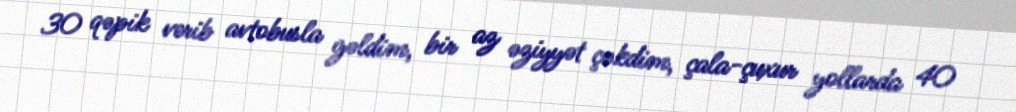
30 qəpik verib avtobusla gəldim, bir az əziyyət çəkdim, çala-çuxur yollarda 40